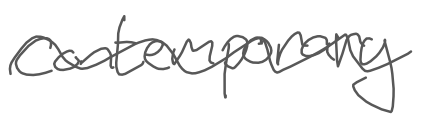
Text: contemporary
Cross-out: wave
Writing tool: digital_gray